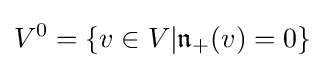
V^{0}=\{v\in V|{\mathfrak {n}}_{+}(v)=0\}